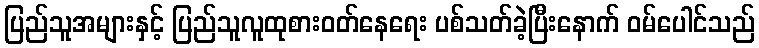
ပြည်သူအများနှင့် ပြည်သူလူထုစားဝတ်နေရေး ပစ်သတ်ခဲ့ပြီးနောက် ဝမ်ပေါင်သည်